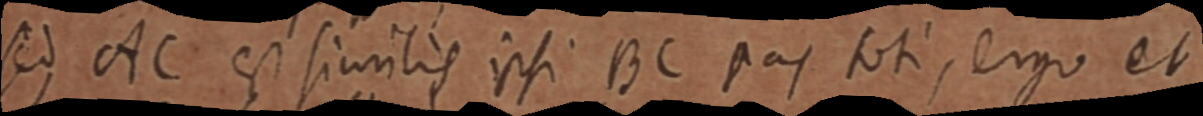
ed AC est siurilis ipsi BC pas toti, ergo ett